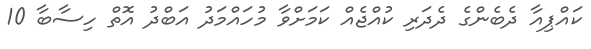
ކައްޕިއާ ދެބެންގެ ދެދަރި ކުއްޖެއް ކަމަށްވާ މުހައްމަދު އަބްދު އޮތް ހިސާބާ 10